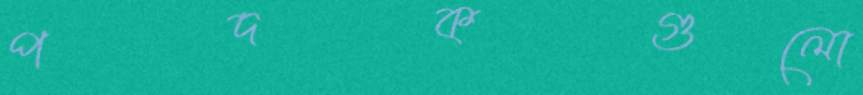
পদকগুলো